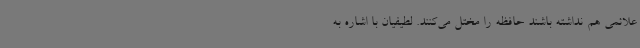
علائمی هم نداشته باشند حافظه را مختل می‌کنند. لطیفیان با اشاره به